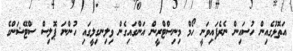
އަތޮޅުގެއިން ހުސައިން ނެރެފައިވަނީ ހޯމް މިނިސްޓްރީން އަންގައިގެން ވިލިނގިލީގައި ހުންނަ ޕޮލިސް ސްޓޭޝަންގެ